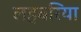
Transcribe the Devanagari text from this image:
लहबरिया